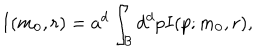
LaTeX: I ( m _ { 0 } , r ) = a ^ { d } \int _ { \cal B } d ^ { d } p I ( p ; m _ { 0 } , r ) ,